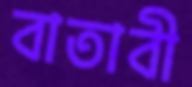
বাতাবী